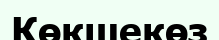
Көкшекөз